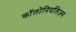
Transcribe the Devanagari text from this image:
कॉलोनियलिज़्म